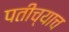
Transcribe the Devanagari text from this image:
पतीच्याच